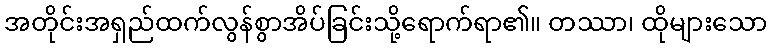
အတိုင်းအရှည်ထက်လွန်စွာအိပ်ခြင်းသို့ရောက်ရာ၏။ တဿာ၊ ထိုများသော